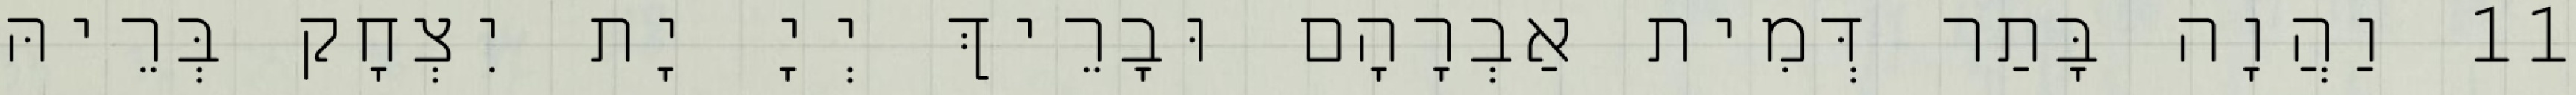
11 וַהֲוָה בָּתַר דְּמִית אַבְרָהָם וּבָרֵיךְ יְיָ יָת יִצְחָק בְּרֵיהּ